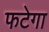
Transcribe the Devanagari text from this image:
फटेगा